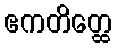
ဧကတိတ္ထေ